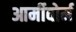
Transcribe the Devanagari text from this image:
आर्मीवोर्म